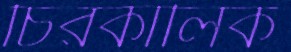
চিরকালিক